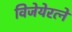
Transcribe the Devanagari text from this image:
विजेयेरत्ने